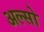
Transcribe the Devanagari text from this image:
अल्सो